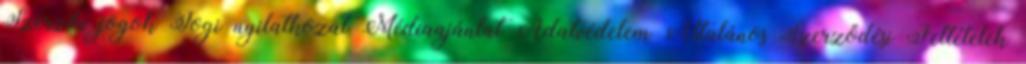
Szerzői jogok Jogi nyilatkozat Médiaajánlat Adatvédelem Általános Szerződési Feltételek